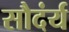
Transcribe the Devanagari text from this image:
सौदंर्य